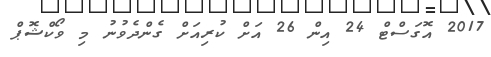
2017 އޮގަސްޓް 24 އިން 26 އަށް ކުރިއަށް ގެންދެވުނު މި ވޯކްޝޮޕް